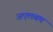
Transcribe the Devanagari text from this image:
अएलबम